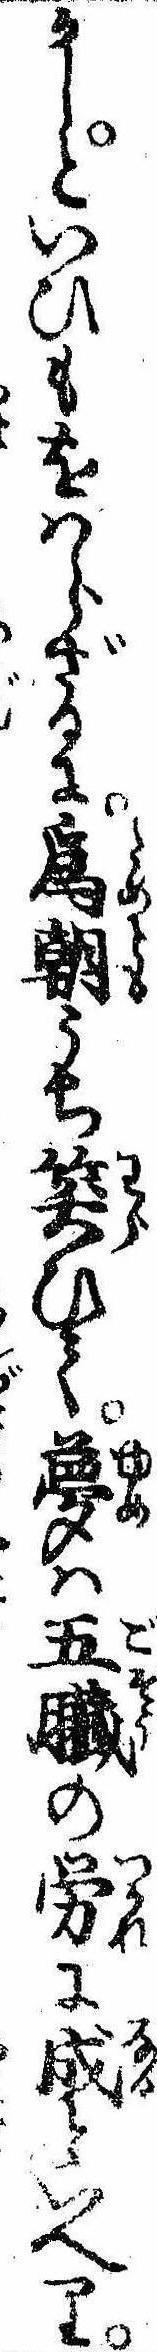
かしといひもをはらざるに為朝うち笑ひて夢は五臓の労に成といへり